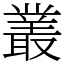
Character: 叢